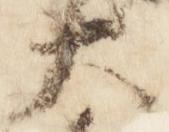
大